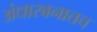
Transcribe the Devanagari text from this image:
अंधारबनातच